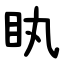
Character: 䀓